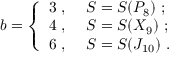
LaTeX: b = \left\{ \begin{array} { l l } { { 3 \ , \ } } & { { S = S ( P _ { 8 } ) \ ; } } \\ { { 4 \ , \ } } & { { S = S ( X _ { 9 } ) \ ; } } \\ { { 6 \ , \ } } & { { S = S ( J _ { 1 0 } ) \ . } } \end{array} \right.